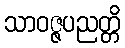
သာဝဇ္ဇပညတ္တိ